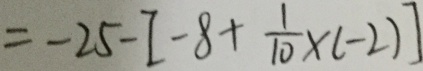
= - 2 5 - [ - 8 + \frac { 1 } { 1 0 } \times ( - 2 ) ]